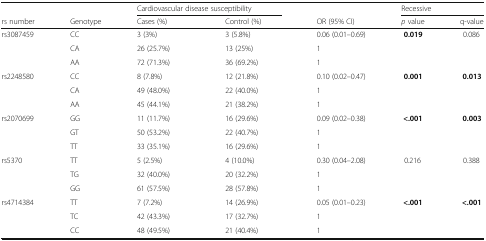
|  |  | <COLSPAN=2> Cardiovascular disease susceptibility |  | <COLSPAN=2> Recessive |
 | rs number | Genotype | Cases (%) | Control (%) | OR (95% CI) | p value | q-value |
 | --- | --- | --- | --- | --- | --- | --- |
 | <ROWSPAN=3> rs3087459 | CC | 3 (3%) | 3 (5.8%) | 0.06 (0.01–0.69) | 0.019 | 0.086 |
 | CA | 26 (25.7%) | 13 (25%) | 1 |  |  |
 | AA | 72 (71.3%) | 36 (69.2%) | 1 |  |  |
 | <ROWSPAN=3> rs2248580 | CC | 8 (7.8%) | 12 (21.8%) | 0.10 (0.02–0.47) | 0.001 | 0.013 |
 | CA | 49 (48.0%) | 22 (40.0%) | 1 |  |  |
 | AA | 45 (44.1%) | 21 (38.2%) | 1 |  |  |
 | <ROWSPAN=3> rs2070699 | GG | 11 (11.7%) | 16 (29.6%) | 0.09 (0.02–0.38) | <.001 | 0.003 |
 | GT | 50 (53.2%) | 22 (40.7%) | 1 |  |  |
 | TT | 33 (35.1%) | 16 (29.6%) | 1 |  |  |
 | <ROWSPAN=3> rs5370 | TT | 5 (2.5%) | 4 (10.0%) | 0.30 (0.04–2.08) | 0.216 | 0.388 |
 | TG | 32 (40.0%) | 20 (32.2%) | 1 |  |  |
 | GG | 61 (57.5%) | 28 (57.8%) | 1 |  |  |
 | <ROWSPAN=3> rs4714384 | TT | 7 (7.2%) | 14 (26.9%) | 0.05 (0.01–0.23) | <.001 | <.001 |
 | TC | 42 (43.3%) | 17 (32.7%) | 1 |  |  |
 | CC | 48 (49.5%) | 21 (40.4%) | 1 |  |  |